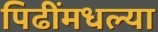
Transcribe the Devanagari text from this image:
पिढींमधल्या